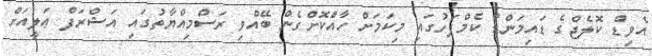
އެވިޑް ކޮލެޖްގެ ޑައިމަންޑް ކެމްޕަހުގައި މިކަމަށް ހާއްަކޮށްގެން ބޭއްވި ރަސްމިއްޔާތުގައި އަޝްރަފް ޢަލީއަށް